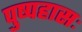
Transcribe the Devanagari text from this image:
पुष्पहासः